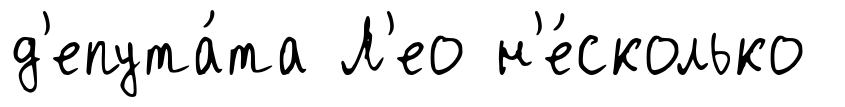
д'епута́та Л'ео н'е́сколько